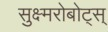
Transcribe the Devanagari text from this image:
सुक्ष्मरोबोट्स्